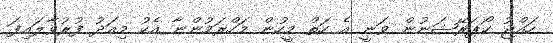
ހައްޖު ކޯޕަރޭޝަނުން ވަނީ އެ ހަތް މީހުން މަހްރަމުންނާ އެކު މިއަދު ފުރުވާލައިފަ